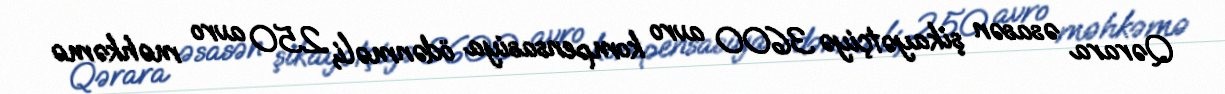
Qərara əsasən şikayətçiyə 3600 avro kompensasiya ödənməli, 250 avro məhkəmə